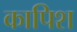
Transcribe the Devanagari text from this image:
कापिश